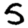
Digit: 5